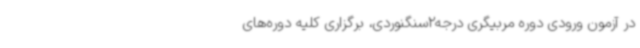
در آزمون ورودی دوره مربیگری درجه2سنگنوردی، برگزاری کلیه دوره‌های